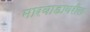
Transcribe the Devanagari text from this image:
मारवाडावरील